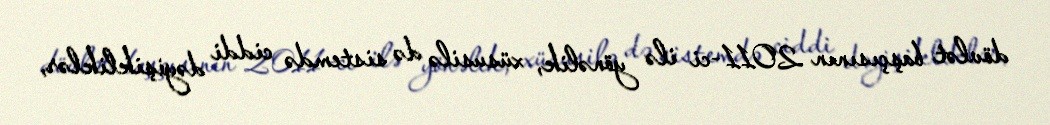
dövlət başçısının 2011-ci ilə yönəlik, xüsusilə də sistemdə ciddi dəyişikliklər,